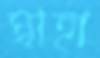
স্বাহা